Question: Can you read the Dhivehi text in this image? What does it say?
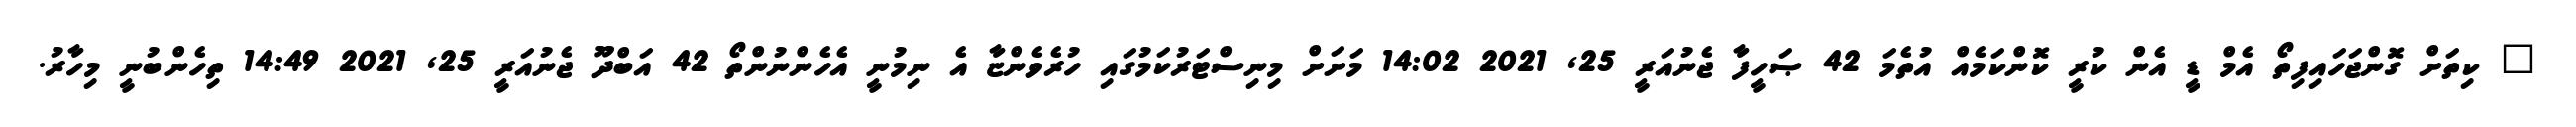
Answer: " ކިތަށް ގޮންޖަހައިފިތޯ އެމް ޑީ އެން ކުރީ ކޮންކަމެއް އުތެމަ 42 ޞަހީފާ ޖެނުއަރީ 25, 2021 14:02 މަށަށް މިނިސްޓަރުކަމުގައި ހުރެވެންޏާ އެ ނިމުނީ އެހެންނުންތޯ 42 އަބްދޫ ޖެނުއަރީ 25, 2021 14:49 ތިހެންބުނީ މިހާރު.